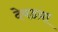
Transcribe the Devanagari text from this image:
देवडय़ा